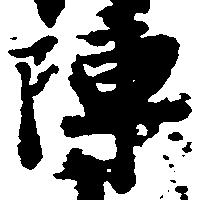
陣